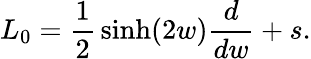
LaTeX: L_{0}=\frac{1}{2}\, \sinh(2w)\frac{d}{dw}+s.